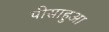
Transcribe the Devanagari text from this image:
पीसाहुआ